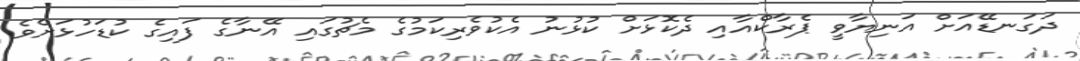
ދަގަނޑޭއަށް އަނިޔާވީ ޕެރާކްއާއި ދެކޮޅަށް ކުޅުނު އެކުވެރިކަމުގެ މެޗުގައި އޭނާގެ ފައިގެ ކުޑަހުޅަށެވެ.